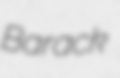
Barack